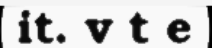
it. v t e